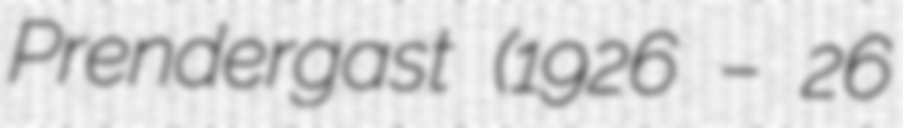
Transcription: Prendergast (1926 – 26